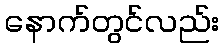
နောက်တွင်လည်း